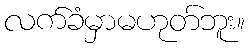
လက်ခံမှာမဟုတ်ဘူး။